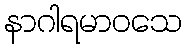
နာဂါရမာဝသေ